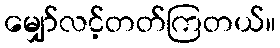
မျှော်လင့်တတ်ကြတယ်။